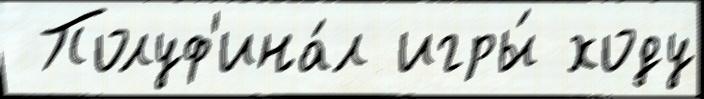
 Полуф'ина́л игры́ ходу